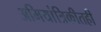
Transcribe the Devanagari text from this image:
अभियांत्रिकीतही